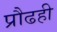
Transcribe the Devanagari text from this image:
प्रौढही